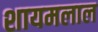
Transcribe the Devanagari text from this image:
शायमलाल